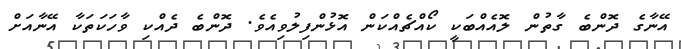
އޭނާގެ ދޮންބެ ގާތުން ލޮއެއްބަކީ ކޯއްޗެއްކަން އޮޅުންފިލުވިއެވެ. ދޮންބެ ދެއްކި ވާހަކަތަކާ އޭނާއަށް